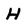
Character: H